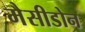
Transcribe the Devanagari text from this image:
मैसीडोन